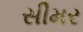
સીમર